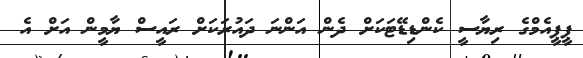
ޕީޕީއެމްގެ ރިޔާސީ ކެންޑިޑޭޓަކަށް ދެން އަންނަ ދައުރަކަށް ރައީސް ޔާމީން އަށް އެ